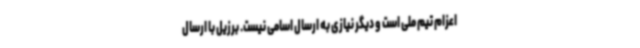
اعزام تیم ملی است و دیگر نیازی به ارسال اسامی نیست. برزیل با ارسال